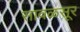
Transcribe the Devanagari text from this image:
सावळसूर